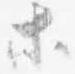
等